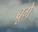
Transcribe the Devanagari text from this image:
ब्रूगे